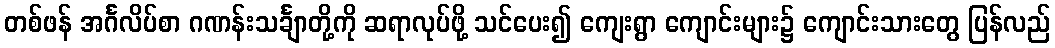
တစ်ဖန် အင်္ဂလိပ်စာ ဂဏန်းသင်္ချာတို့ကို ဆရာလုပ်ဖို့ သင်ပေး၍ ကျေးရွာ ကျောင်းများ၌ ကျောင်းသားတွေ ပြန်လည်